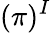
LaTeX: (\pi)^{I}